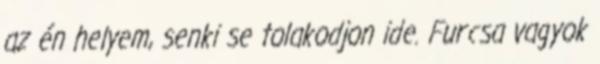
az én helyem, senki se tolakodjon ide. Furcsa vagyok